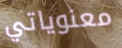
معنوياتي